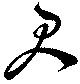
君